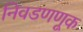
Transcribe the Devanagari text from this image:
निवडणणूक